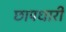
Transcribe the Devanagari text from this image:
छापधारी